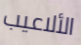
الألاعيب